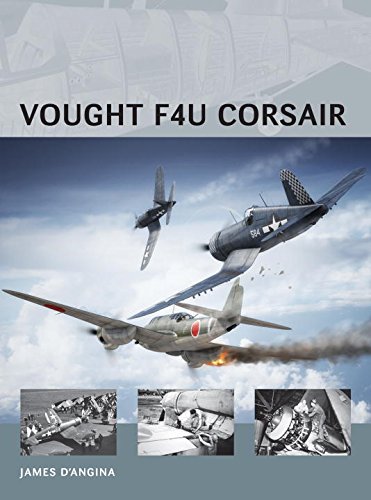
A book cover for Vought F4U Corsair (Air Vanguard); James D'Angina; History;